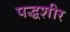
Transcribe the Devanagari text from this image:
पद्धशीर